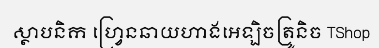
ស្ថាបនិក ហ្វ្រេនឆាយហាងអេឡិចត្រូនិច TShop